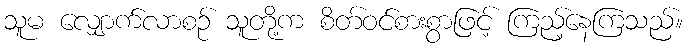
သူမ လျှောက်လာစဉ် သူတို့က စိတ်ဝင်စားစွာဖြင့် ကြည့်နေကြသည်။